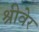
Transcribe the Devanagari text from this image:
श्रीवेर